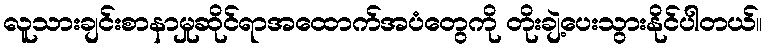
လူသားချင်းစာနာမှုဆိုင်ရာအထောက်အပံတွေကို တိုးချဲ့ပေးသွားနိုင်ပါတယ်။